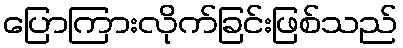
ပြောကြားလိုက်ခြင်းဖြစ်သည်